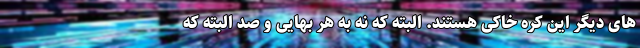
های دیگر این کره خاکی هستند. البته که نه به هر بهایی و صد البته که